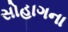
સોહાગના